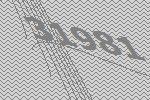
31981